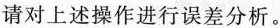
请对上述操作进行误差分析。